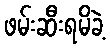
ဖမ်းဆီးရမိခဲ့